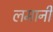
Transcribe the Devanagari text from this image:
लमानी